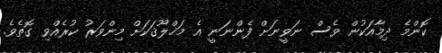
ކޮންމެ ދިމާއަކުން ވެސް ނަވީނަށް ފެންނަނީ އެ މަޚްލޫޤަކަށް މިންވަރު ކުރެއްވި ގޮތެވެ.